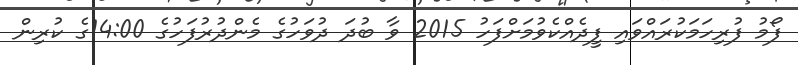
ފޯމު ފުރިހަމަކުރައްވައި ފީދެއްކެވުމަށްފަހު 2015 ވާ ބުދަ ދުވަހުގެ މެންދުރުފަހުގެ 14:00ގެ ކުރިން